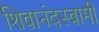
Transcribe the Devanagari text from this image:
शिवानंदस्वामी